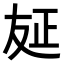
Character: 𠭅